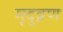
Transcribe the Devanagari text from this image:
मृदुव्रण